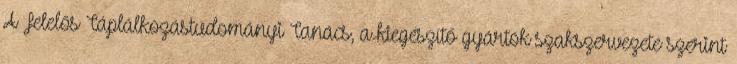
A Felelős Táplálkozástudományi Tanács, a kiegészítő gyártók szakszervezete szerint